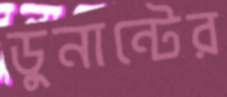
ডুনান্টের